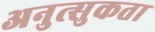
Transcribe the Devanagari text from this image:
अनुत्सुकता